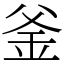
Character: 釜